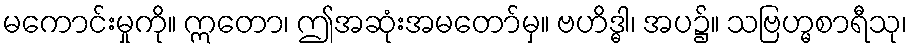
မကောင်းမှုကို။ ဣတော၊ ဤအဆုံးအမတော်မှ။ ဗဟိဒ္ဓါ၊ အပ၌။ သဗြဟ္မစာရီသု၊